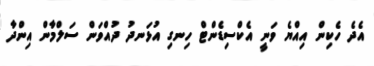
އެދެ ހެކިން އިއްޔެ ވަނީ އެކްސިޑެންޓް ހިނގި އުޅަނދު ދުއްވަން ސަލްމާން އިންދާ